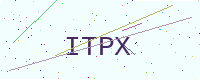
Text: ITPX